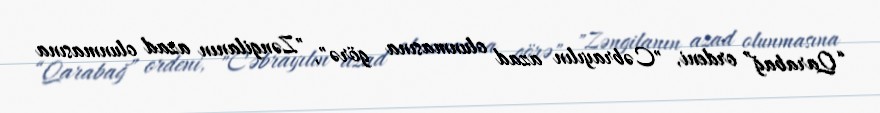
“Qarabağ” ordeni, "Cəbrayılın azad olunmasına görə", "Zəngilanın azad olunmasına